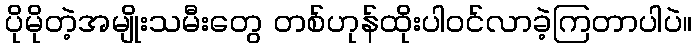
ပိုမိုတဲ့အမျိုးသမီးတွေ တစ်ဟုန်ထိုးပါဝင်လာခဲ့ကြတာပါပဲ။